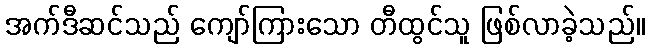
အက်ဒီဆင်သည် ကျော်ကြားသော တီထွင်သူ ဖြစ်လာခဲ့သည်။